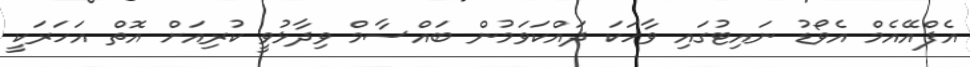
އެފްއޭއެމް އެވޯޑު ނައިޓުގައި ވާހަކަ ދައްކަވަމުން ބައްސާމް ވިދާޅުވީ ކުރިއަށް އޮތް އަހަރަކީ